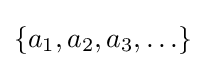
\{a_{1},a_{2},a_{3},\ldots \}